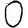
Digit: 0